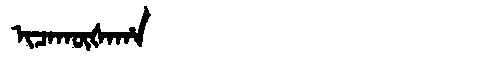
Manchu: ᡳᠴᠠᡴᡡᡧᠠᡥᠠ
Romanization: ICAKŪŠAHA